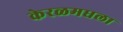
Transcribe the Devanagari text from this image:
केरळमधला